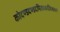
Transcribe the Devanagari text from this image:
कोदण्डदण्डदमिताध्वरजित्वरस्य